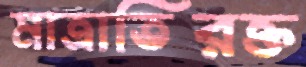
মাত্রাতিরক্ত